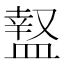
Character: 𥂎